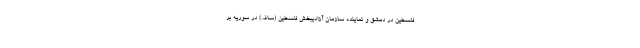
فلسطین در دمشق و نماینده سازمان آزادیبخش فلسطین (ساف) در سوریه بر